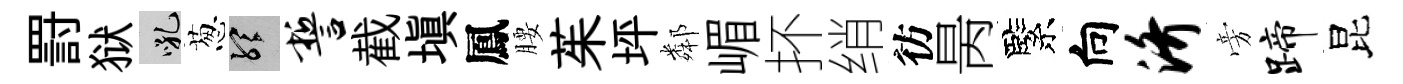
罸狱吼葱聽誓截塡鳳腰茱坪鄰嵋抔绡彷昺緊向济旁蹄昆